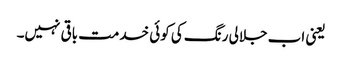
یعنی اب جلالی رنگ کی کوئی خدمت باقی نہیں۔